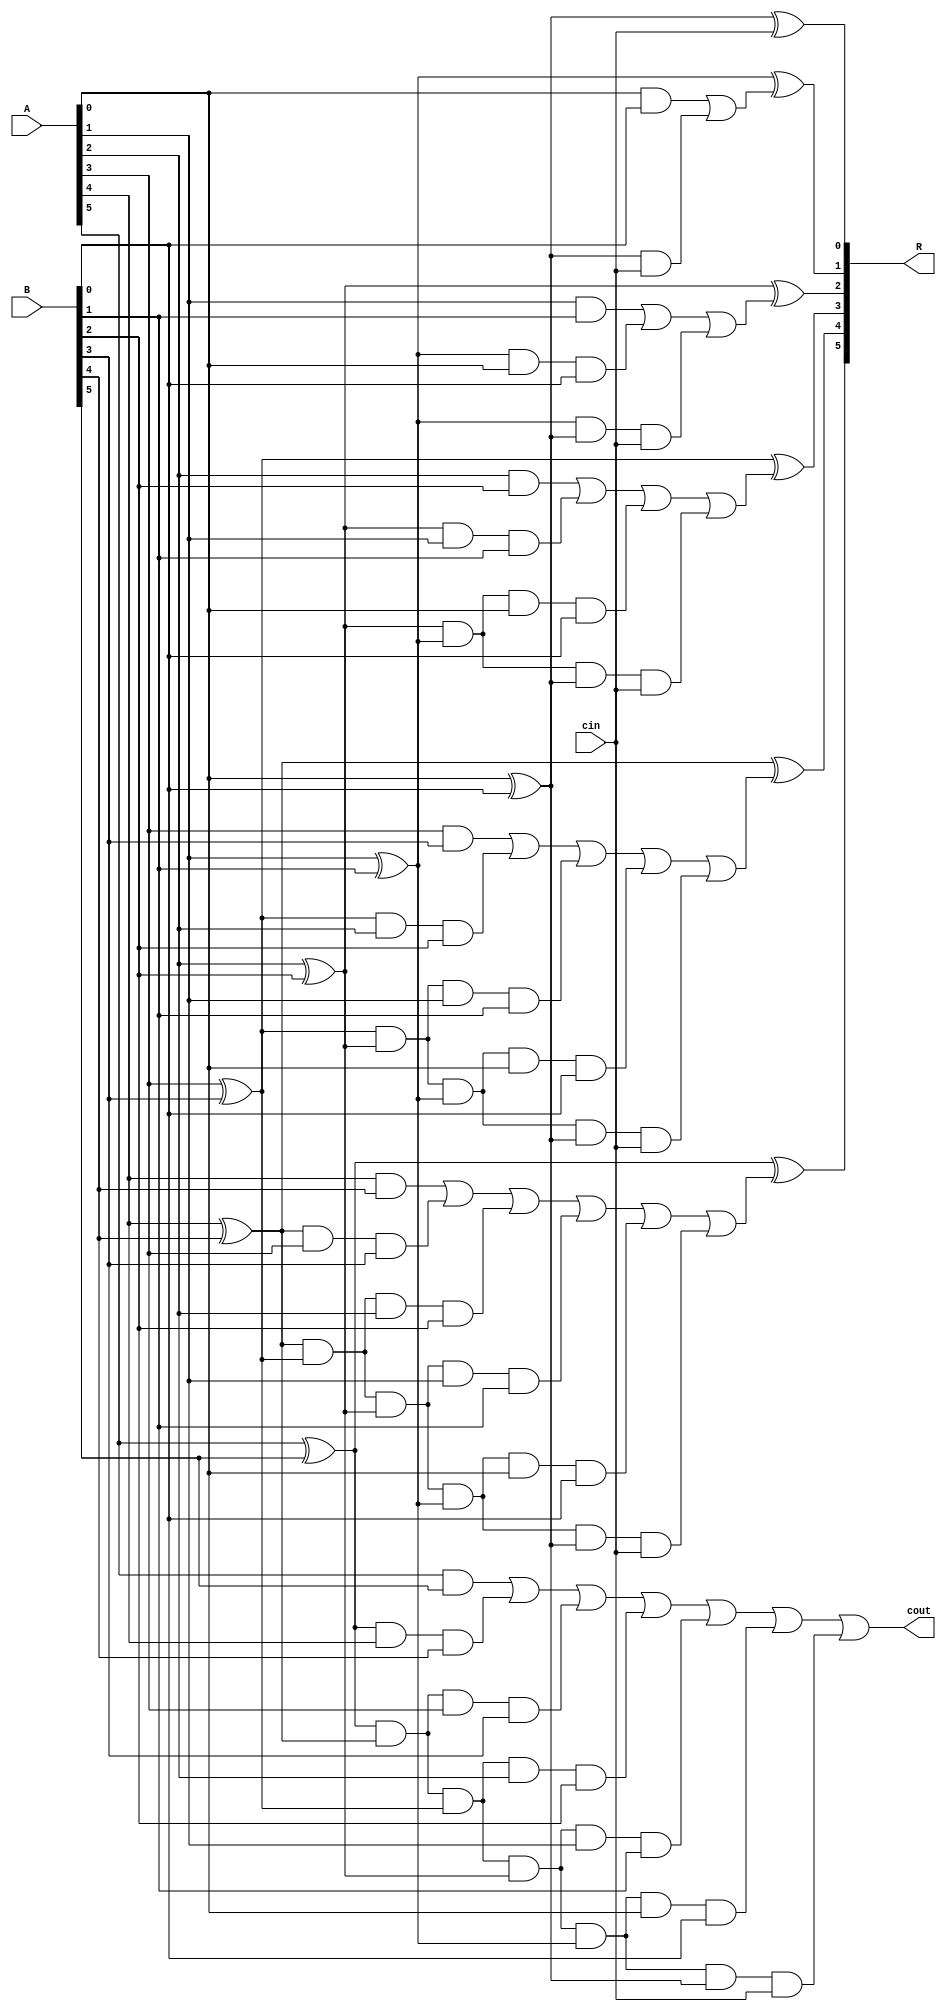
module alt_carry_look_ahead_adder_cin_6
(
input [5:0] A, B,
input cin,
output [5:0] R,
output cout
);
wire p0,  p1,  p2,  p3,  p4,  p5; 
wire c0,  c1,  c2,  c3,  c4,  c5,  c6; 
wire [6:0] c_six;
wire [5:0] c_five;
wire [4:0] c_four;
wire [3:0] c_three;
wire [2:0] c_two;
wire [1:0] c_one;

assign p0 = A[0] ^ B[0];
assign p1 = A[1] ^ B[1];
assign p2 = A[2] ^ B[2];
assign p3 = A[3] ^ B[3];
assign p4 = A[4] ^ B[4];
assign p5 = A[5] ^ B[5];


and(c_one[0] , A[0] , B[0]); 
 and(c_one[1] , p0 , cin);
and(c_two[0] , A[1] , B[1]); 
 and(c_two[1] , p1 , A[0] , B[0]); 
 and(c_two[2] , p1 , p0 , cin);
and(c_three[0] , A[2] , B[2]); 
 and(c_three[1] , p2 , A[1] , B[1]); 
 and(c_three[2] , p2 , p1 , A[0] , B[0]); 
 and(c_three[3] , p2 , p1 , p0 , cin);
and(c_four[0] , A[3] , B[3]); 
 and(c_four[1] , p3 , A[2] , B[2]); 
 and(c_four[2] , p3 , p2 , A[1] , B[1]); 
 and(c_four[3] , p3 , p2 , p1 , A[0] , B[0]); 
 and(c_four[4] , p3 , p2 , p1 , p0 , cin);
and(c_five[0] , A[4] , B[4]); 
 and(c_five[1] , p4 , A[3] , B[3]); 
 and(c_five[2] , p4 , p3 , A[2] , B[2]); 
 and(c_five[3] , p4 , p3 , p2 , A[1] , B[1]); 
 and(c_five[4] , p4 , p3 , p2 , p1 , A[0] , B[0]); 
 and(c_five[5] , p4 , p3 , p2 , p1 , p0 , cin);
and(c_six[0] , A[5] , B[5]); 
 and(c_six[1] , p5 , A[4] , B[4]); 
 and(c_six[2] , p5 , p4 , A[3] , B[3]); 
 and(c_six[3] , p5 , p4 , p3 , A[2] , B[2]); 
 and(c_six[4] , p5 , p4 , p3 , p2 , A[1] , B[1]); 
 and(c_six[5] , p5 , p4 , p3 , p2 , p1 , A[0] , B[0]); 
 and(c_six[6] , p5 , p4 , p3 , p2 , p1 , p0 , cin);

assign c1 = c_one[0] | c_one[1];
assign c2 = c_two[0] | c_two[1] | c_two[2]; 
assign c3 = c_three[0] | c_three[1] | c_three[2] | c_three[3]; 
assign c4 = c_four[0] | c_four[1] | c_four[2] | c_four[3] | c_four[4];
assign c5 = c_five[0] | c_five[1] | c_five[2] | c_five[3] | c_five[4] | c_five[5];
assign c6 = c_six[0] | c_six[1] | c_six[2] | c_six[3] | c_six[4] | c_six[5] | c_six[6];

assign R[0] = p0 ^ cin;
assign R[1] = p1 ^ c1;
assign R[2] = p2 ^ c2;
assign R[3] = p3 ^ c3;
assign R[4] = p4 ^ c4;
assign R[5] = p5 ^ c5;
assign cout = c6;

endmodule